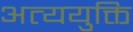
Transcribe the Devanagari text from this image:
अत्ययुक्ति